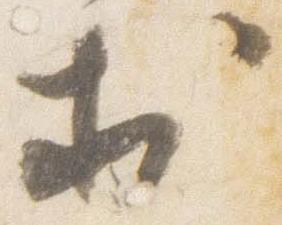
於